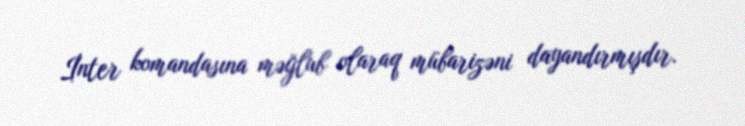
İnter komandasına məğlub olaraq mübarizəni dayandırmışdır.